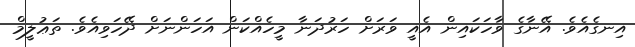
އިނގެއެވެ. އޭނާގެ ވާހަކައިން އެއީ ވަރަށް ހަރުދަނާ މީހެއްކަން އަހަންނަށް ދޭހަވިއެވެ. ތަޢުލީމް